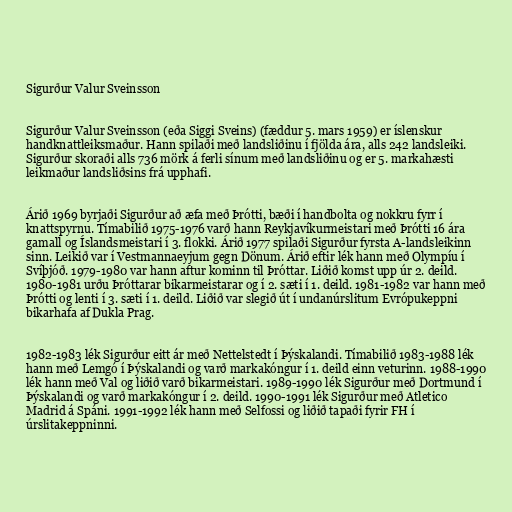
Sigurður Valur Sveinsson

Sigurður Valur Sveinsson (eða Siggi Sveins) (fæddur 5. mars 1959) er íslenskur
handknattleiksmaður. Hann spilaði með landsliðinu í fjölda ára, alls 242 landsleiki.
Sigurður skoraði alls 736 mörk á ferli sínum með landsliðinu og er 5. markahæsti
leikmaður landsliðsins frá upphafi.

Árið 1969 byrjaði Sigurður að æfa með Þrótti, bæði í handbolta og nokkru fyrr í
knattspyrnu. Tímabilið 1975-1976 varð hann Reykjavíkurmeistari með Þrótti 16 ára
gamall og Íslandsmeistari í 3. flokki. Árið 1977 spilaði Sigurður fyrsta A-landsleikinn
sinn. Leikið var í Vestmannaeyjum gegn Dönum. Árið eftir lék hann með Olympíu í
Svíþjóð. 1979-1980 var hann aftur kominn til Þróttar. Liðið komst upp úr 2. deild.
1980-1981 urðu Þróttarar bikarmeistarar og í 2. sæti í 1. deild. 1981-1982 var hann með
Þrótti og lenti í 3. sæti í 1. deild. Liðið var slegið út í undanúrslitum Evrópukeppni
bikarhafa af Dukla Prag.

1982-1983 lék Sigurður eitt ár með Nettelstedt í Þýskalandi. Tímabilið 1983-1988 lék
hann með Lemgó í Þýskalandi og varð markakóngur í 1. deild einn veturinn. 1988-1990
lék hann með Val og liðið varð bikarmeistari. 1989-1990 lék Sigurður með Dortmund í
Þýskalandi og varð markakóngur í 2. deild. 1990-1991 lék Sigurður með Atletico
Madrid á Spáni. 1991-1992 lék hann með Selfossi og liðið tapaði fyrir FH í
úrslitakeppninni.